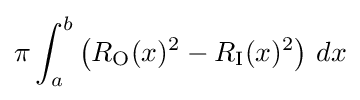
\pi \int _{a}^{b}\left(R_{\mathrm {O} }(x)^{2}-R_{\mathrm {I} }(x)^{2}\right)\,dx